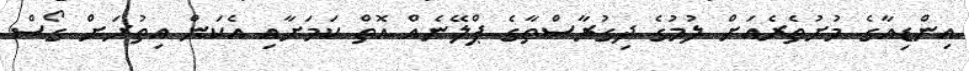
އިންޑިއާގެ މުށުތެރެއަށް ލުމުގެ ދިގުރާސްތާގެ ޕްލޭނެއް އޮތް ކަމަށާއި އެކަން އިތުރަށް ގޯސް